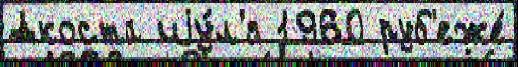
Акоста иjу́л'я 1960 руб'еже́